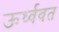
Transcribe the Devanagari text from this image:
ऊर्ध्ववत